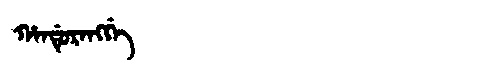
Manchu: ᡥᠠᠨᡩᡠᡵᠠᠩᡤᡝ
Romanization: HANDURANGGE